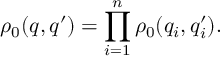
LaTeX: \rho _ { 0 } ( q , q ^ { \prime } ) = \prod _ { i = 1 } ^ { n } \rho _ { 0 } ( q _ { i } , q _ { i } ^ { \prime } ) .